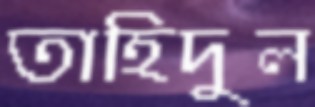
তাহিদুল